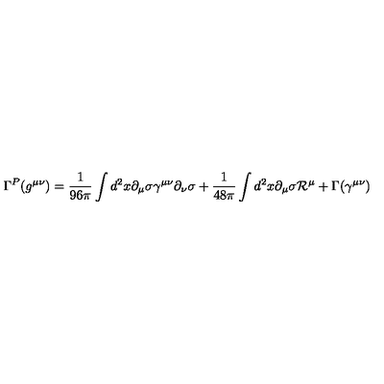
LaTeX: \Gamma ^ { P } ( g ^ { \mu \nu } ) = \frac { 1 } { 9 6 \pi } \int d ^ { 2 } x \partial _ { \mu } \sigma \gamma ^ { \mu \nu } \partial _ { \nu } \sigma + \frac { 1 } { 4 8 \pi } \int d ^ { 2 } x \partial _ { \mu } \sigma { \cal R } ^ { \mu } + \Gamma ( \gamma ^ { \mu \nu } )